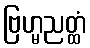
ဗြဟ္မညတ္ထံ